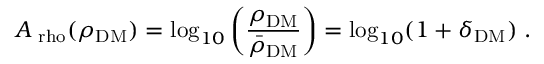
A _ { \mathrm { \ r h o } } ( \rho _ { \mathrm { D M } } ) = \log _ { 1 0 } \left( \frac { \rho _ { \mathrm { D M } } } { \bar { \rho } _ { \mathrm { D M } } } \right) = \log _ { 1 0 } ( 1 + \delta _ { \mathrm { D M } } ) \; .